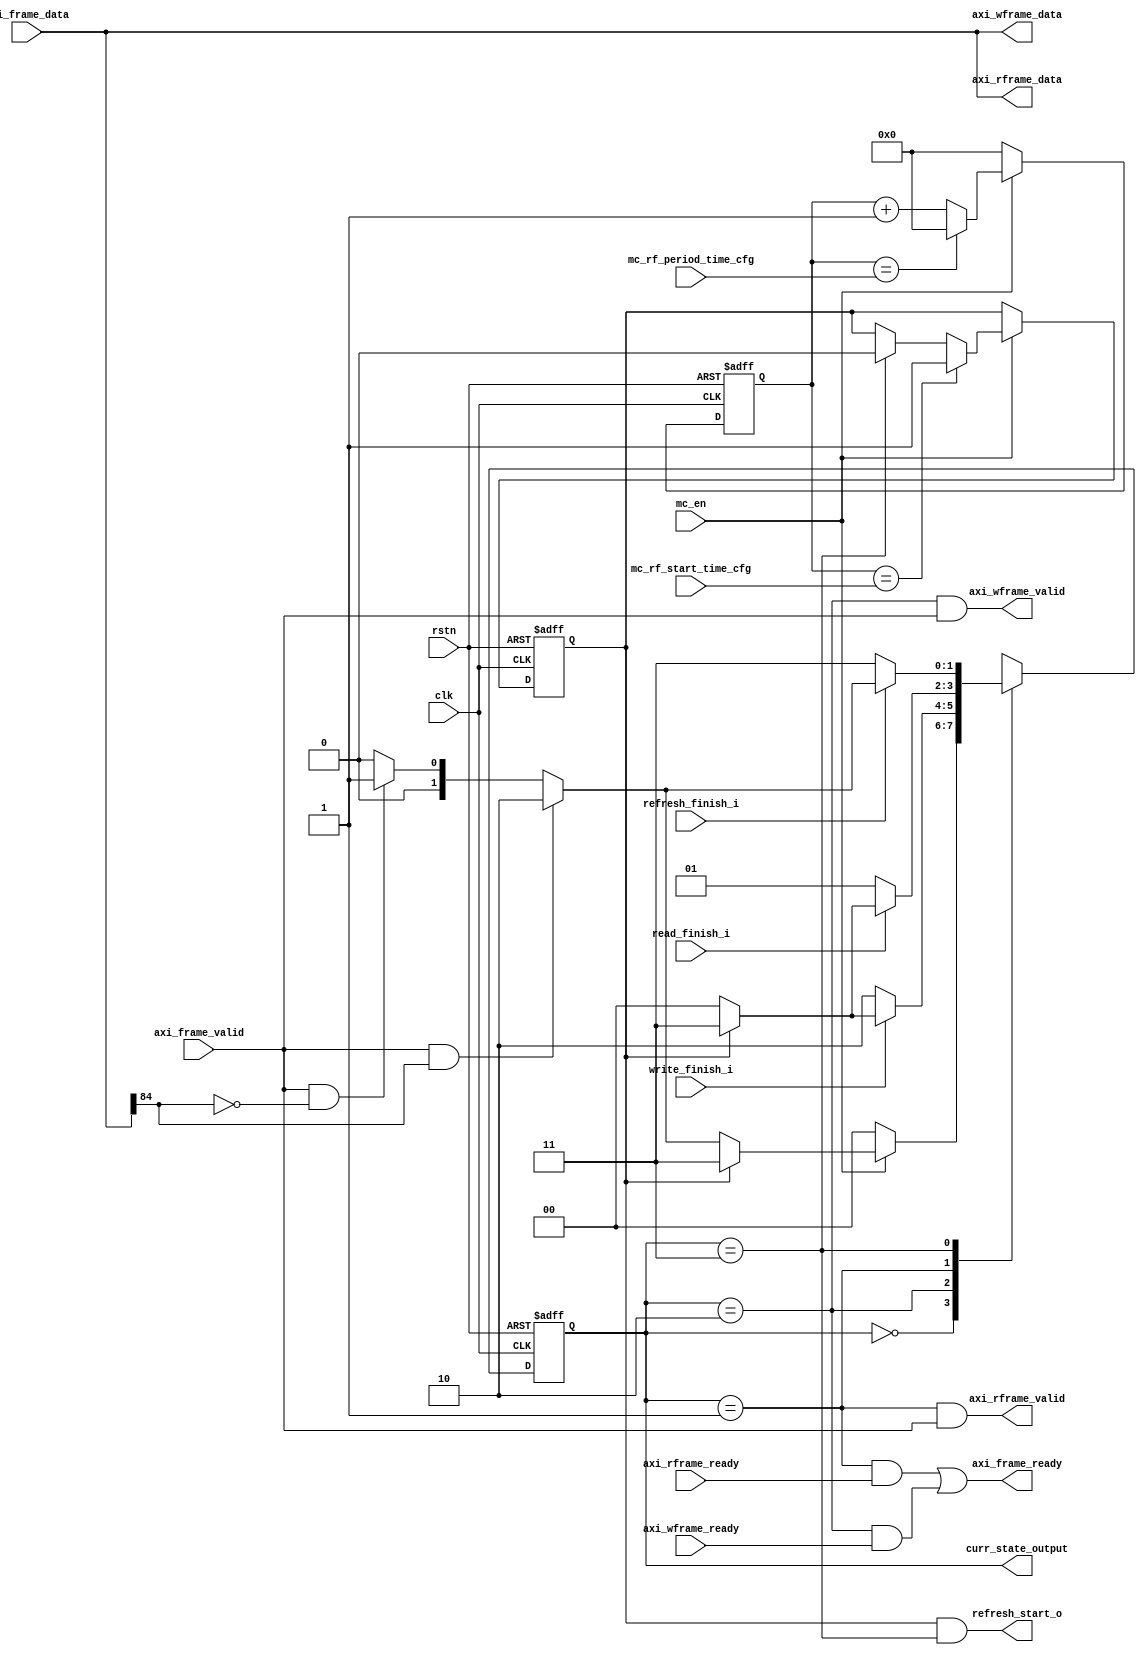
module fsm_ctrl #(
    parameter FRAME_WIDTH = 87
)(
    //global signal
    input                               clk                     ,
    input                               rstn                    ,
    input                               mc_en                   ,
    input   [27:0]                      mc_rf_start_time_cfg    ,
    input   [27:0]                      mc_rf_period_time_cfg   ,

    //axi_slave_interface
    input   [86:0]                      axi_frame_data          ,
    input                               axi_frame_valid         ,
    output                              axi_frame_ready         ,

    //write ctrl interface
    output   [FRAME_WIDTH - 1:0]        axi_wframe_data         ,
    output                              axi_wframe_valid        ,
    input                               axi_wframe_ready        ,
    input                               write_finish_i          ,

    //write ctrl interface
    output   [FRAME_WIDTH - 1:0]        axi_rframe_data         ,
    output                              axi_rframe_valid        ,
    input                               axi_rframe_ready        ,
    input                               read_finish_i           ,

    //refresh interface
    input                               refresh_finish_i        ,
    output                              refresh_start_o         ,
    output   [1:0]                      curr_state_output
);
    localparam  IDLE    = 2'd0;
    localparam  READ    = 2'd1;
    localparam  WRITE   = 2'd2;
    localparam  REFRESH = 2'd3;;

    reg [1:0]       curr_state;
    reg [1:0]       next_state;
    reg             rf_req;
    reg [27:0]      rf_cnt;
    //reg             rf_wait;
    wire             wr_req;
    wire             rd_req;

    assign curr_state_output = curr_state;       

    always @(posedge clk or negedge rstn) begin
        if(!rstn)
            curr_state <= 2'd0;
        else
            curr_state <= next_state;
    end

    always @(*) begin
        case(curr_state)
            IDLE:begin
                if(~mc_en)
                    next_state = IDLE;
                else if(rf_req)
                    next_state = REFRESH;
                //else if(wr_req && ~rf_req)        // if-else has the priority
                else if(wr_req)
                    next_state = WRITE;
                //else if(rd_req && ~rf_req)
                else if(rd_req)
                    next_state = READ;
                else
                    next_state = IDLE;
            end

            WRITE:begin
                if(write_finish_i)begin
                    if (rf_req) 
                        next_state = REFRESH;
                    else
                        next_state = IDLE;
                end
                else
                    next_state = WRITE;
            end

            READ:begin
                if(read_finish_i)begin
                    if(rf_req)
                        next_state = REFRESH;
                    else
                        next_state = IDLE;
                end
                else
                    next_state = READ;
            end

            REFRESH:begin
                if(refresh_finish_i)begin
                    if(wr_req)
                        next_state = WRITE;
                    else if(rd_req)
                        next_state = READ;
                    else
                        next_state = IDLE;
                end
                    
                else
                    next_state = REFRESH;
            end


            default: next_state = IDLE;

        endcase
    end

    //rf cnt
    always @(posedge clk or negedge rstn) begin
        if(!rstn)
            rf_cnt <= 28'd0;
        else if(mc_en)begin
            if(rf_cnt == mc_rf_period_time_cfg)
                rf_cnt <= 28'd0;
            else
                rf_cnt <= rf_cnt + 1'b1;
        end
        else
            rf_cnt <= 28'd0;
    end

    always @(posedge clk or negedge rstn) begin
        if(!rstn)
            rf_req <= 1'b0;
        else if(mc_en)begin
            if(rf_cnt == mc_rf_start_time_cfg)
                rf_req <= 1'b1;
            else if(curr_state == REFRESH)
                rf_req <= 1'b0;
        end
        // else
        //     rf_req <= 1'b0;
    end

    assign refresh_start_o = rf_req && curr_state == REFRESH;

    assign wr_req = axi_frame_valid && axi_frame_data[84];
    assign rd_req = axi_frame_valid && ~axi_frame_data[84];

    assign axi_wframe_data = axi_frame_data;
    assign axi_wframe_valid = curr_state == WRITE && axi_frame_valid;

    assign axi_rframe_data = axi_frame_data;
    assign axi_rframe_valid = curr_state == READ && axi_frame_valid;

    assign axi_frame_ready = (curr_state == READ && axi_rframe_ready)||(curr_state == WRITE && axi_wframe_ready);


    
endmodule